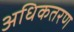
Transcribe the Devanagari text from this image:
अधिकतरण